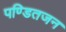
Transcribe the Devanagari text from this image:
पण्डितजन